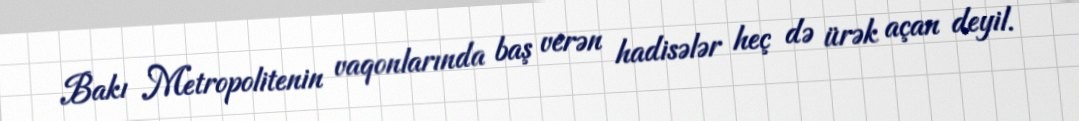
Bakı Metropolitenin vaqonlarında baş verən hadisələr heç də ürək açan deyil.